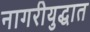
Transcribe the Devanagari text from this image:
नागरीयुद्धात